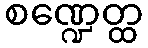
စဏ္ဍေတ္ထ